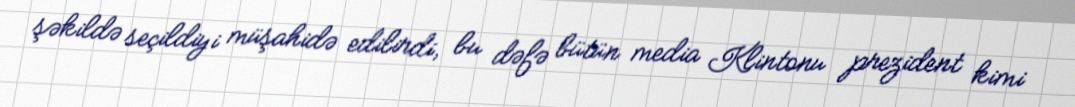
şəkildə seçildiyi müşahidə edilirdi, bu dəfə bütün media Klintonu prezident kimi